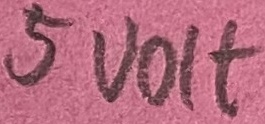
Text: 5volt